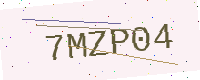
Text: 7MZP04